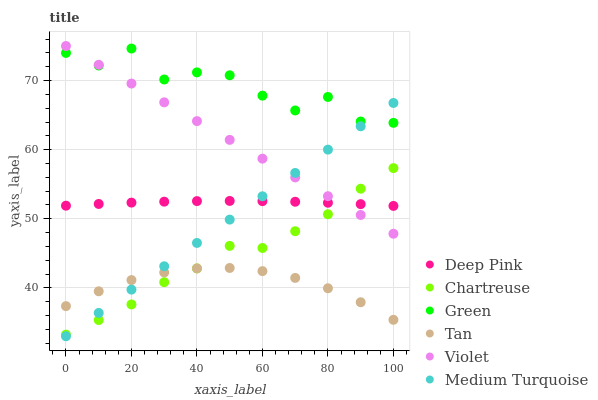
| xaxis_label | Deep Pink | Chartreuse | Green | Tan | Violet | Medium Turquoise |
 | --- | --- | --- | --- | --- | --- | --- |
 | 0 | 51.9 | 33.2 | 74 | 37.4 | 75 | 33 |
 | 10 | 52.1 | 35.3 | 72.2 | 39.5 | 72.3 | 36.4 |
 | 20 | 52.3 | 37.6 | 74.6 | 41.1 | 69.6 | 39.8 |
 | 30 | 52.5 | 40.8 | 70.2 | 42.2 | 66.9 | 43.1 |
 | 40 | 52.6 | 42.8 | 71.2 | 42.8 | 64.1 | 46.5 |
 | 50 | 52.6 | 46.1 | 70.8 | 42.9 | 61.4 | 49.9 |
 | 60 | 52.6 | 45.8 | 67.8 | 42.4 | 58.7 | 53.3 |
 | 70 | 52.5 | 48.2 | 65.7 | 41.4 | 56 | 56.6 |
 | 80 | 52.3 | 50.7 | 67.6 | 39.9 | 53.3 | 60 |
 | 90 | 52.1 | 54.4 | 64.1 | 37.9 | 50.6 | 63.4 |
 | 100 | 51.9 | 57.3 | 63.9 | 35.4 | 47.8 | 66.8 |